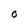
Character: O